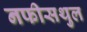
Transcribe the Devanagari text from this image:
नफीसथुल